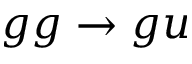
g g \rightarrow g u